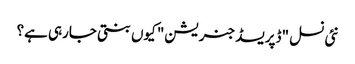
نئی نسل "ڈپریسڈ جنریشن" کیوں بنتی جارہی ہے؟